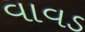
વાવડ